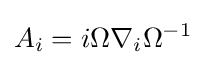
A_{i}=i\Omega \nabla _{i}\Omega ^{-1}